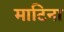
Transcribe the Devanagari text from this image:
माटिना